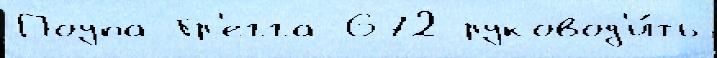
Поупа Гр'егга 672 руковод'и́ть